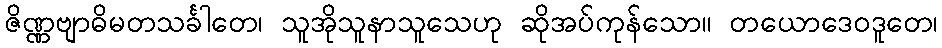
ဇိဏ္ဏဗျာဓိမတသင်္ခါတေ၊ သူအိုသူနာသူသေဟု ဆိုအပ်ကုန်သော။ တယောဒေဝဒူတေ၊